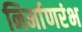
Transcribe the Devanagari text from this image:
निर्माणरंभ